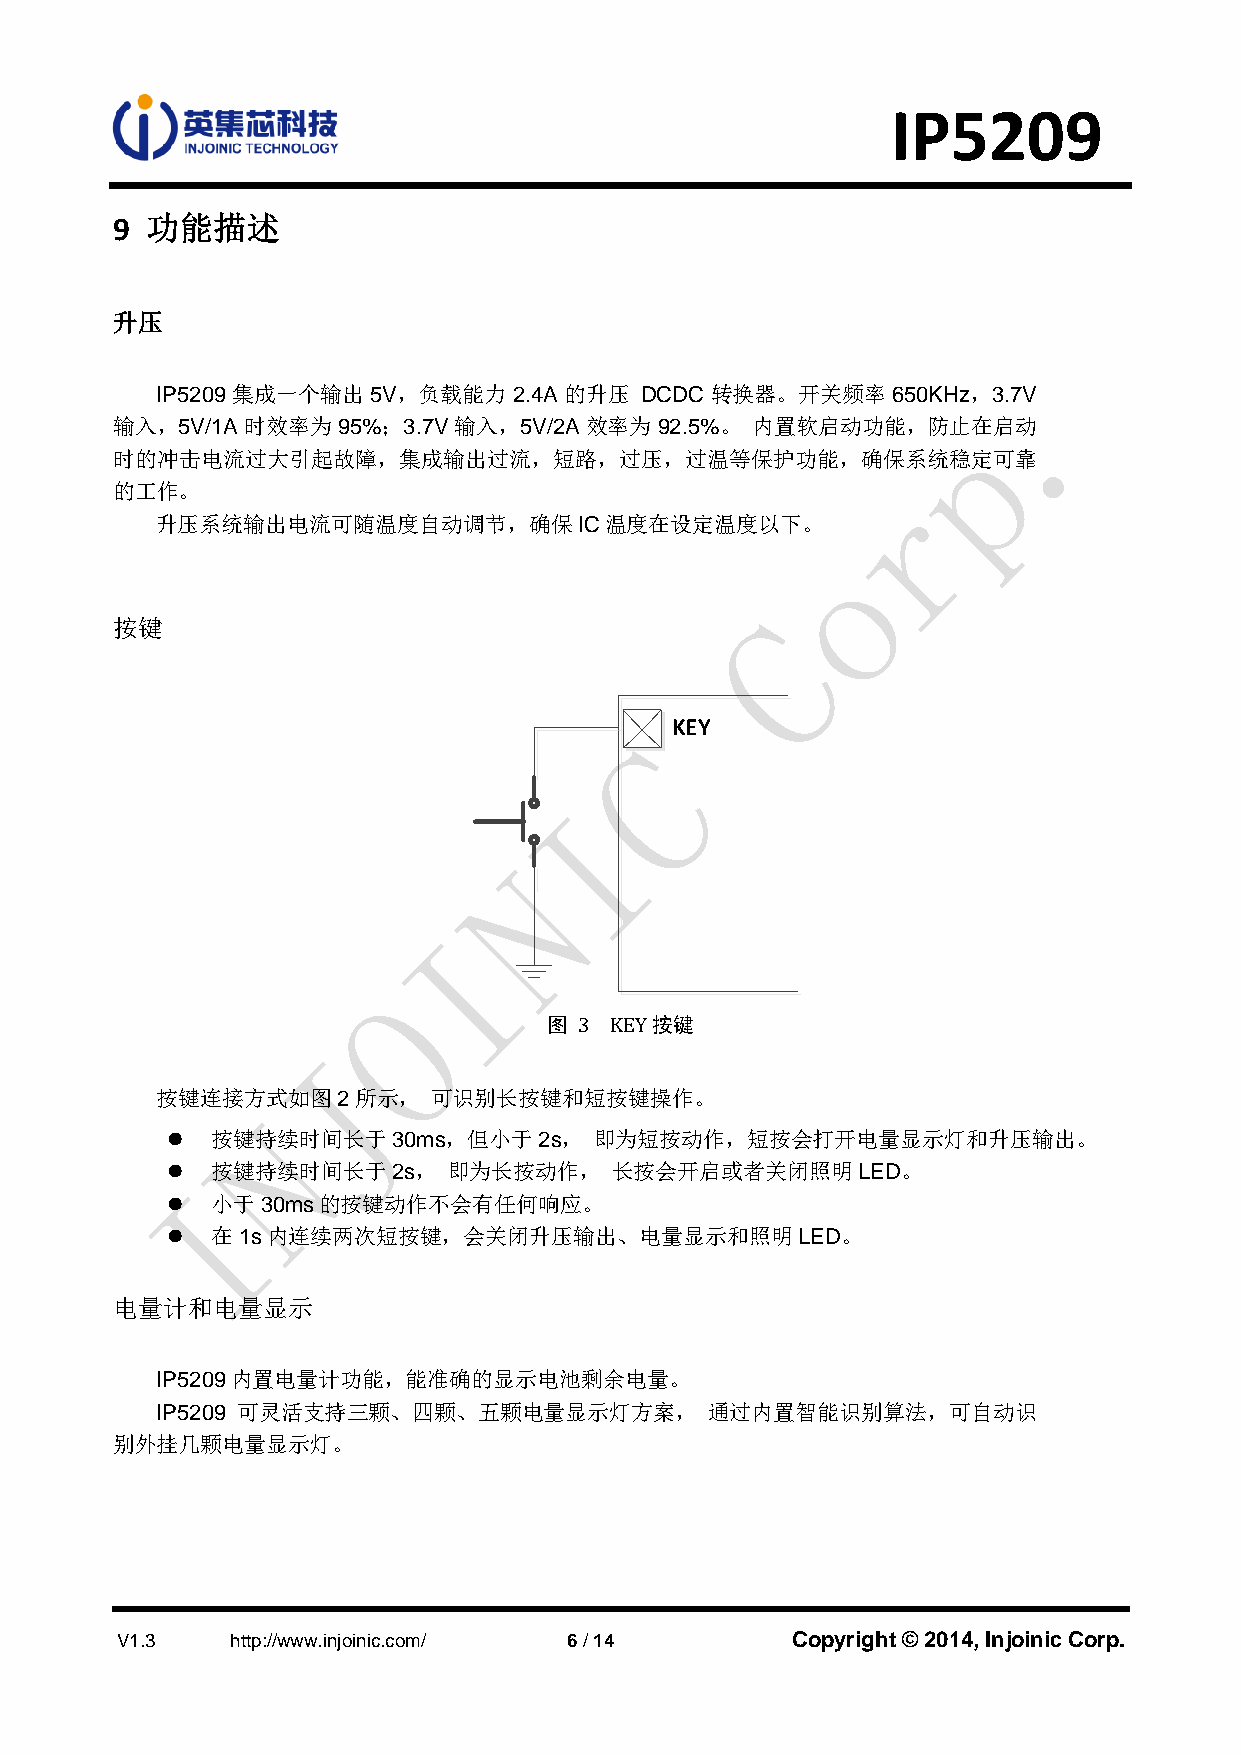
IP5209
 9  功能描述
 升压
 IP5209 集成一个输出 5V，负载能力   2.4A 的升压 DCDC 转换器。开关频率650KHz，3.7V
 输入，5V/1A时效率为95%；3.7V输入，5V/2A效率为92.5%。      内置软启动功能，防止在启动
 时的冲击电流过大引起故障，集成输出过流，短路，过压，过温等保护功能，确保系统稳定可靠
 的工作。
 升压系统输出电流可随温度自动调节，确保IC温度在设定温度以下。
 按键
 KEY
 图 3 KEY按键
 按键连接方式如图2所示，       可识别长按键和短按键操作。
   按键持续时间长于30ms，但小于2s，      即为短按动作，短按会打开电量显示灯和升压输出。
   按键持续时间长于2s，     即为长按动作，    长按会开启或者关闭照明LED。
   小于30ms的按键动作不会有任何响应。
   在1s内连续两次短按键，会关闭升压输出、电量显示和照明LED。
 电量计和电量显示
 IP5209内置电量计功能，能准确的显示电池剩余电量。
 IP5209 可灵活支持三颗、四颗、五颗电量显示灯方案，         通过内置智能识别算法，可自动识
 别外挂几颗电量显示灯。
 V1.3   http://www.injoinic.com/ 6 / 14      Copyright © 2014, Injoinic Corp.